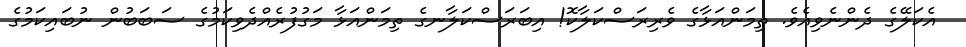
އެކަލޭގެ ދެންނެވިއެވެ. ތިމަންއަޅާގެ ވެރިރަސްކަލާކޮ! އިބަރަސްކަލާނގެ ތިމަންއަޅާ މަގުފުރެއްދެވިކަމުގެ ސަބަބުން ނުބައިކަމުގެ